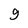
Character: 9